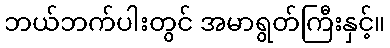
ဘယ်ဘက်ပါးတွင် အမာရွတ်ကြီးနှင့်။